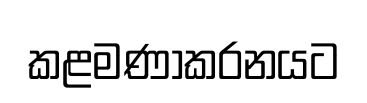
කළමණාකරනයට